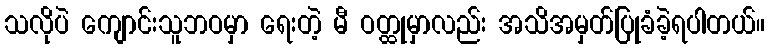
သလိုပဲ ကျောင်းသူဘဝမှာ ရေးတဲ့ မီ ဝတ္ထုမှာလည်း အသိအမှတ်ပြုခံခဲ့ရပါတယ်။